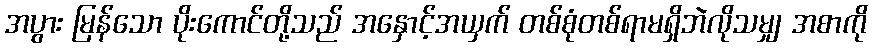
အပွား မြန်သော ပိုးကောင်တို့သည် အနှောင့်အယှက် တစ်စုံတစ်ရာမရှိဘဲလိုသမျှ အစာကို